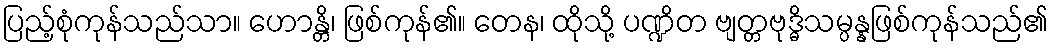
ပြည့်စုံကုန်သည်သာ။ ဟောန္တိ၊ ဖြစ်ကုန်၏။ တေန၊ ထိုသို့ ပဏ္ဍိတ ဗျတ္တဗုဒ္ဓိသမ္ပန္နဖြစ်ကုန်သည်၏